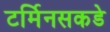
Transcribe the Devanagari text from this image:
टर्मिनसकडे